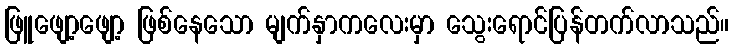
ဖြူဖျော့ဖျော့ ဖြစ်နေသော မျက်နှာကလေးမှာ သွေးရောင်ပြန်တက်လာသည်။